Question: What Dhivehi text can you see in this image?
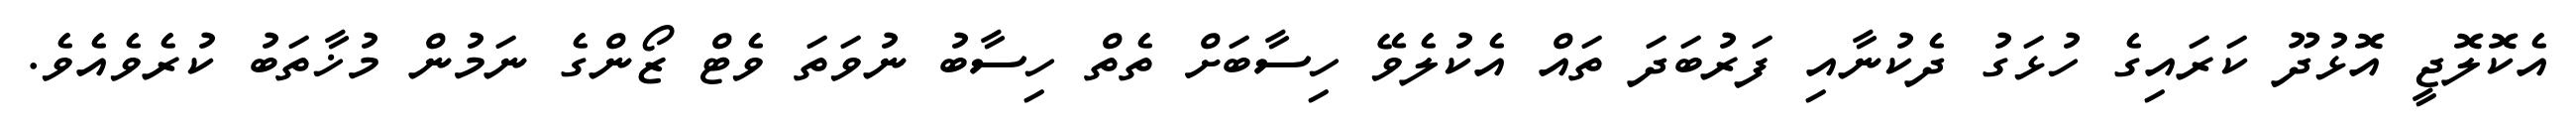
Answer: އެކޮލޮޖީ އޮޅުދޫ ކަރައިގެ ހުޅަގު ދެކުނާއި ފަރުބަދަ ތައް އެކުލެވޭ ހިސާބަށް ތެތް ހިސާބު ނުވަތަ ވެޓް ޒޯންގެ ނަމުން މުޚާތަބު ކުރެވެއެވެ.